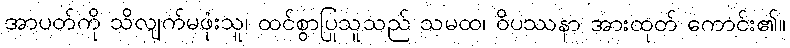
အာပတ်ကို သိလျက်မဖုံးသူ၊ ထင်စွာပြုသူသည် သမထ၊ ဝိပဿနာ အားထုတ် ကောင်း၏။